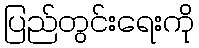
ပြည်တွင်းရေးကို